Civil Veterinary Dept. Bombay admin report 1914-1922 - 1914-1922
Year: 1914
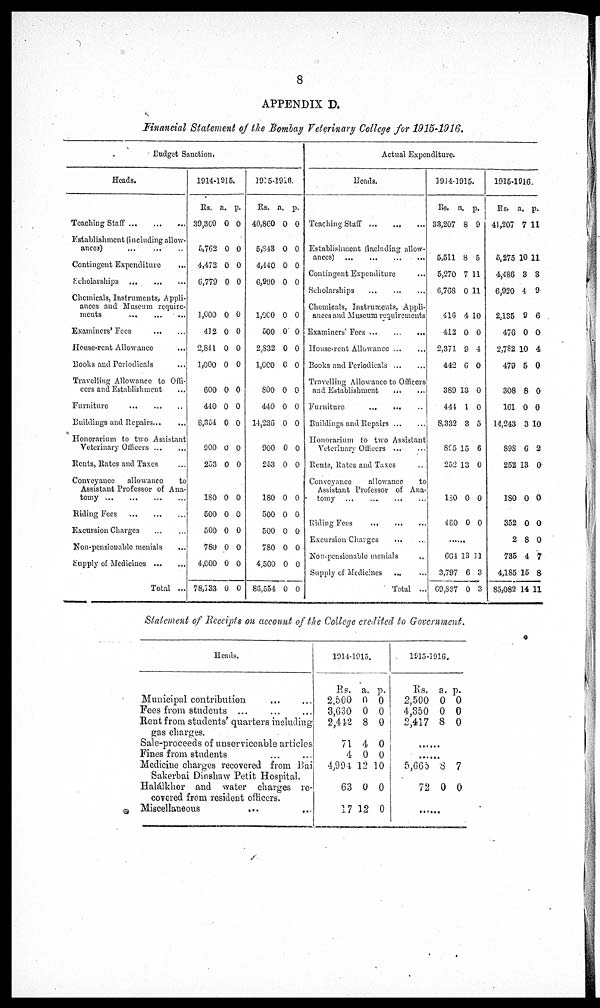
8
APPENDIX D.
Financial Statement of the Bombay Veterinary College for 1915-1916.
Budget Sanction.
Heads.
Teaching Staff ... ... ...
Establishment (including allow-
ances) ... ... ...
Contingent Expenditure ...
Scholarships ... ... ...
Chemicals, Instruments, Appli-
ances and Museum require-
ments ... ... ...
Examiners' Fees ... ...
House-rent Allowance ...
Books and Periodicals ...
Travelling Allowance to Offi-
cers and Establishment ...
Furniture ... ... ...
Buildings and Repairs ... ...
Honorarium to two Assistant
Veterinary Officers ... ...
Rents, Rates and Taxes ...
Conveyance
allowance
to
Assistant Professor of Ana-
tomy ... ... ... ...
Riding Fees ... ... ... ...
Excursion Charges ... ...
Non-pensionable menials ...
Supply of Medicines ... ...
Total ...
1914-1915.
Rs.
39,360
5,762
4,472
6,779
1,000
412
2,841
1,000
600
440
8,354
900
253
180
500
500
780
4,000
78,133
a.
0
0
0
0
0
0
0
0
0
0
0
0
0
0
0
0
0
0
0
p.
0
0
0
0
0
0
0
0
0
0
0
0
0
0
0
0
0
0
0
1915-1916.
Rs.
40,860
5,843
4,440
6,990
1,000
500
2,832
1,000
800
440
14,236
900
253
180
500
500
780
4,500
86,554
a.
0
0
0
0
0
0
0
0
0
0
0
0
0
0
0
0
0
0
0
p.
0
0
0
0
0
0
0
0
0
0
0
0
0
0
0
0
0
0
0
Actual Expenditure.
Heads.
Teaching Staff ... ... ...
Establishment (including allow-
ances) ... ... ... ...
Contingent Expenditure ...
Scholarships ... ... ...
Chemicals, Instruments, Appli-
ances and Museum requirements
Examiners' Fees ... ... ...
House-rent Allowance ... ...
Books and Periodicals ... ...
Travelling Allowance to Officers
and Establishment ... ...
Furniture ... ... ...
Buildings and Repairs ... ...
Honorarium to two Assistant
Veterinary Officers ... ...
Rents, Rates and Taxes ...
Conveyance
allowance
to
Assistant Professor of Ana-
tomy ... ... ... ...
Riding Fees ... ... ...
Excursion Charges ... ...
Non-pensionable menials
...
Supply of Medicines
... ...
Total ...
1914-1915.
Rs.
33,207
5,511
5,270
6,768
416
412
2,371
442
389
444
8,332
895
252
180
480
a.
8
8
7
0
4
0
9
6
13
1
3
15
13
0
0
p.
9
5
11
11
10
0
4
0
0
0
5
6
0
0
0
......
664
3,797
69,837
13
6
0
11
3
3
1915-1916.
Rs.
41,207
5,275
4,486
6,920
2,135
476
2,782
479
308
161
14,243
898
252
180
352
2
735
4,185
85,082
a.
7
10
3
4
9
0
10
5
8
0
3
6
13
0
0
8
4
15
14
p.
11
11
3
9
6
0
4
0
0
0
10
2
0
0
0
0
7
8
11
Statement of Receipts on account of the College credited to Government.
Heads.
Municipal contribution ... ... ...
Fees from students ...
Rent from students' quarters including
gas charges.
Sale-proceeds of unserviceable articles
Fines from students ... ...
Medicine charges recovered from Bai
Sakerbai Dinshaw Petit Hospital.
Halálkhor and water charges re-
covered from resident officers.
Miscellaneous
...
...
1914-1915.
Rs.
2,500
3,630
2,442
71
4
4,994
63
17
a.
0
0
8
4
0
12
0
12
p.
0
0
0
0
0
10
0
0
1915-1916.
Rs.
2,500
4,850
2,417
a.
0
0
8
p.
0
0
0
......
......
5,065
72
8
0
7
0
.......